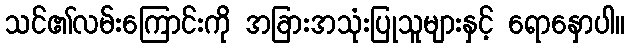
သင်၏လမ်းကြောင်းကို အခြားအသုံးပြုသူများနှင့် ရောနှောပါ။